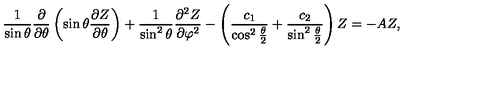
\frac { 1 } { \sin \theta } \frac { \partial } { \partial \theta } \left( \sin \theta \frac { \partial Z } { \partial \theta } \right) + \frac { 1 } { \sin ^ { 2 } \theta } \frac { \partial ^ { 2 } Z } { \partial \varphi ^ { 2 } } - \left( \frac { c _ { 1 } } { \cos ^ { 2 } \frac { \theta } { 2 } } + \frac { c _ { 2 } } { \sin ^ { 2 } \frac { \theta } { 2 } } \right) Z = - A Z ,